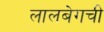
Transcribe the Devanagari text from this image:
लालबेगची